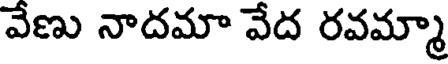
వేణు నాదమా వేద రవమ్మా